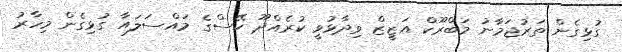
ގުޅިގެން ތަރުޖަމާނު މަބްރޫކް އަޒީޒް ވިދާޅުވީ ކުރެއްދޫ ކޭސްގެ މައްސަލައާ ގުޅިގެން މިހާރު